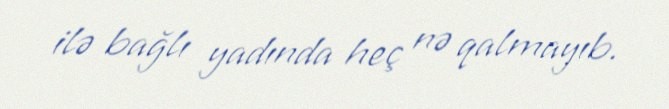
ilə bağlı yadında heç nə qalmayıb.